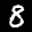
Label: 8